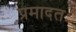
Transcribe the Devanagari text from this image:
प्रमादतः